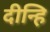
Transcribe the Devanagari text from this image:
दीन्हि